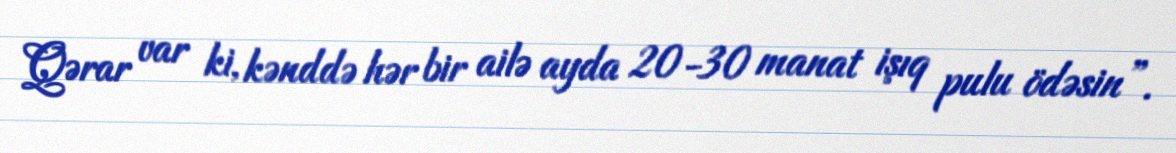
Qərar var ki, kənddə hər bir ailə ayda 20-30 manat işıq pulu ödəsin”.